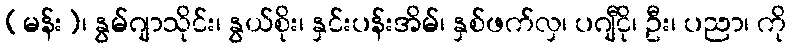
(မန်း)၊ နွမ်ဂျာသိုင်း၊ နွယ်စိုး၊ နှင်းပန်းအိမ်၊ နှစ်ဖက်လှ၊ ပဂျီငို၊ ဦး၊ ပညာ၊ ကို